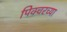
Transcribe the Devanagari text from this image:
पिक्चरच्या